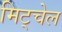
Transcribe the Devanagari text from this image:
मिट्चेल